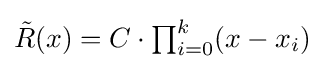
{\textstyle {\tilde {R}}(x)=C\cdot \prod _{i=0}^{k}(x-x_{i})}